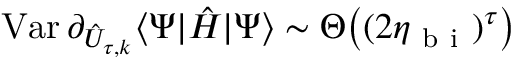
\operatorname { V a r } \partial _ { \hat { U } _ { \tau , k } } \langle \Psi | \hat { H } | \Psi \rangle \sim \Theta \big ( ( 2 \eta _ { \mathrm { ~ b ~ i ~ } } ) ^ { \tau } \big )